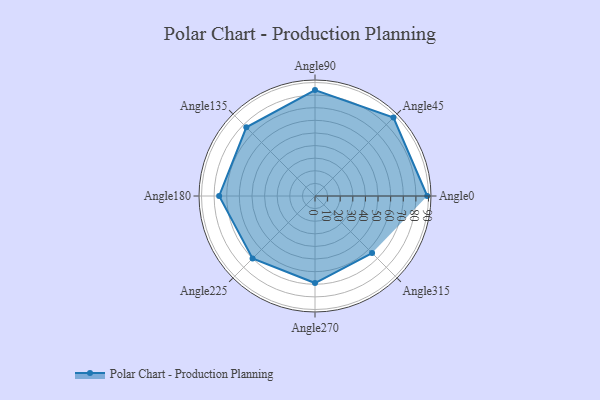
{"axis": {"x": "Angle", "y": "Radius"}, "legend": [""], "data": [{"x": "Angle0", "y": 89.0, "type": ""}, {"x": "Angle45", "y": 88.0, "type": ""}, {"x": "Angle90", "y": 84.0, "type": ""}, {"x": "Angle135", "y": 77.0, "type": ""}, {"x": "Angle180", "y": 76.0, "type": ""}, {"x": "Angle225", "y": 70.0, "type": ""}, {"x": "Angle270", "y": 69.0, "type": ""}, {"x": "Angle315", "y": 64.0, "type": ""}]}